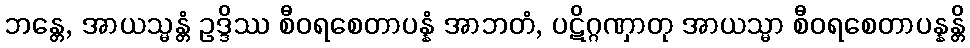
ဘန္တေ, အာယသ္မန္တံ ဥဒ္ဒိဿ စီဝရစေတာပန္နံ အာဘတံ, ပဋိဂ္ဂဏှာတု အာယသ္မာ စီဝရစေတာပန္နန္တိ